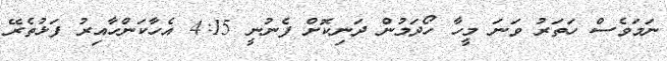
ނަމަވެސް ހަތަރު ވަނަ މީހާ ހޯދަމުން ދަނިކޮށް ފެނުނީ 4:15 އެހާކަންހާއިރު ފަޅުތެރޭ